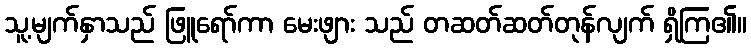
သူ့မျက်နှာသည် ဖြူရော်ကာ မေးဖျား သည် တဆတ်ဆတ်တုန်လျက် ရှိကြ၏။